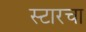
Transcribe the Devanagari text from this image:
स्टारचा